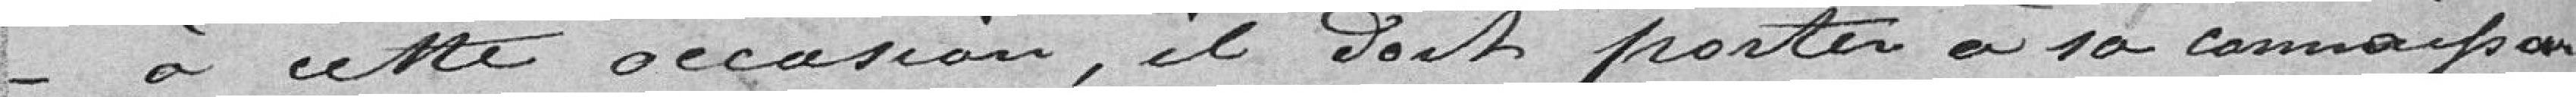
à cette occasion, il doit porter à 10 connaissances